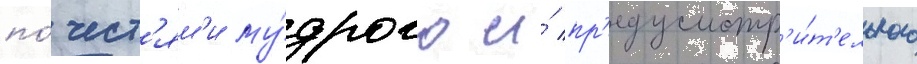
по́чест'ям'и му́дрого и́ пр'едусмотр'и́т'ельного